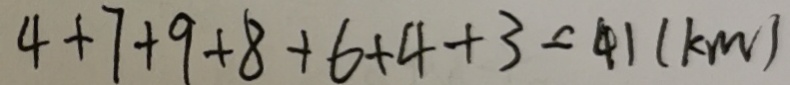
4 + 7 + 9 + 8 + 6 + 4 + 3 = 4 1 ( k m )